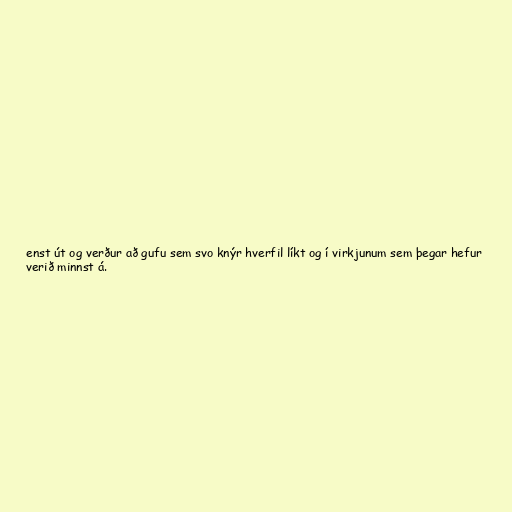
enst út og verður að gufu sem svo knýr hverfil líkt og í virkjunum sem þegar hefur
verið minnst á.